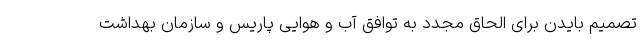
تصمیم بایدن برای الحاق مجدد به توافق آب و هوایی پاریس و سازمان بهداشت